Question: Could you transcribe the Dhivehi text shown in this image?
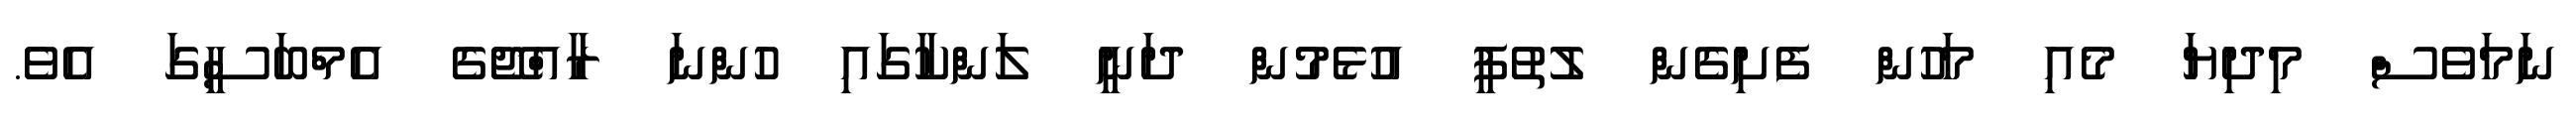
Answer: ނަމަވެސް މިދިޔަ މެއި މަހުން ފެށިގެން ލުތުފީ އުޅެމުން ދަނީ ލަންކާގައި ހުންނަ ރާއްޖޭގެ އެމްބަސީގަ އެވެ.